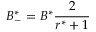
B _ { - } ^ { * } = B ^ { * } \frac { 2 } { r ^ { * } + 1 }